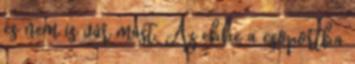
és nem is vár mást. Az ebbe a csoportba